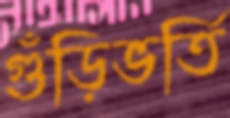
গুঁড়িভর্তি